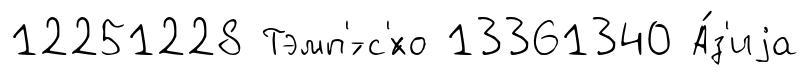
12251228 Тэмп'́-с'́хо 13361340 А́з'иjа